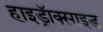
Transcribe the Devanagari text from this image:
हाइड्रॅाक्साइड